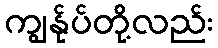
ကျွန်ုပ်တို့လည်း